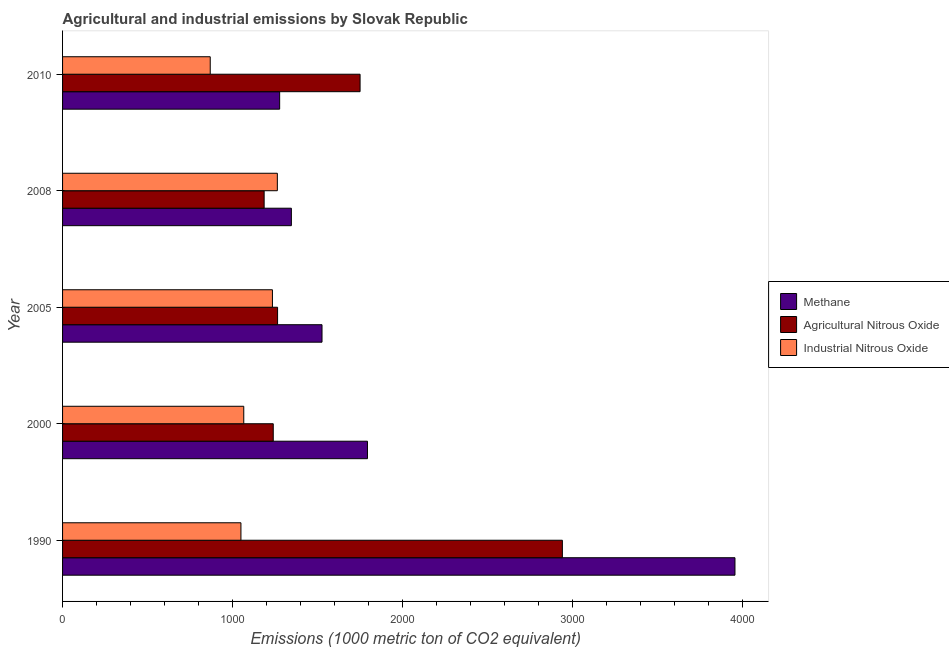
| Year | Methane | Agricultural Nitrous Oxide | Industrial Nitrous Oxide |
 | --- | --- | --- | --- |
 | 1990 | 3.95e+03 | 2.94e+03 | 1.05e+03 |
 | 2000 | 1.79e+03 | 1.24e+03 | 1.07e+03 |
 | 2005 | 1.53e+03 | 1.26e+03 | 1.23e+03 |
 | 2008 | 1.35e+03 | 1.19e+03 | 1.26e+03 |
 | 2010 | 1.28e+03 | 1.75e+03 | 868 |